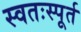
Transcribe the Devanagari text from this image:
स्वतःस्पूर्त